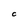
Character: C